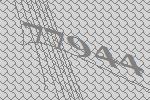
77944